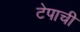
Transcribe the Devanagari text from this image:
टेपाची